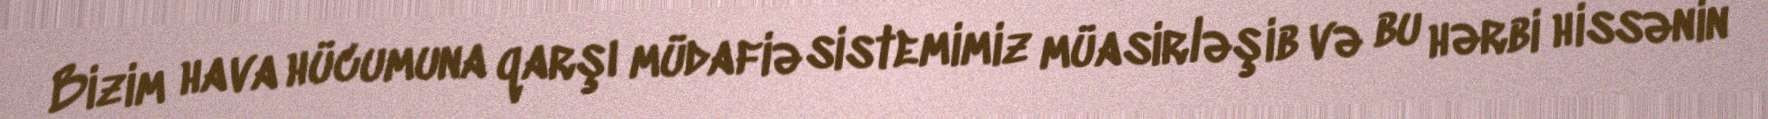
Bizim hava hücumuna qarşı müdafiə sistemimiz müasirləşib və bu hərbi hissənin